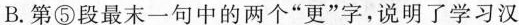
B.第⑤段最末一句中的两个“更”字，说明了学习汉